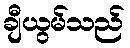
ချီယွမ်သည်